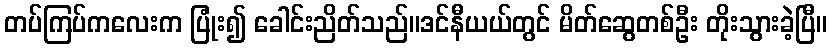
တပ်ကြပ်ကလေးက ပြုံး၍ ခေါင်းညိတ်သည်။ဒင်နီယယ်တွင် မိတ်ဆွေတစ်ဦး တိုးသွားခဲ့ပြီ။